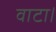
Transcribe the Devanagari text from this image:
वाटा।